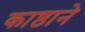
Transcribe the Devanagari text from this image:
काष्ठाने